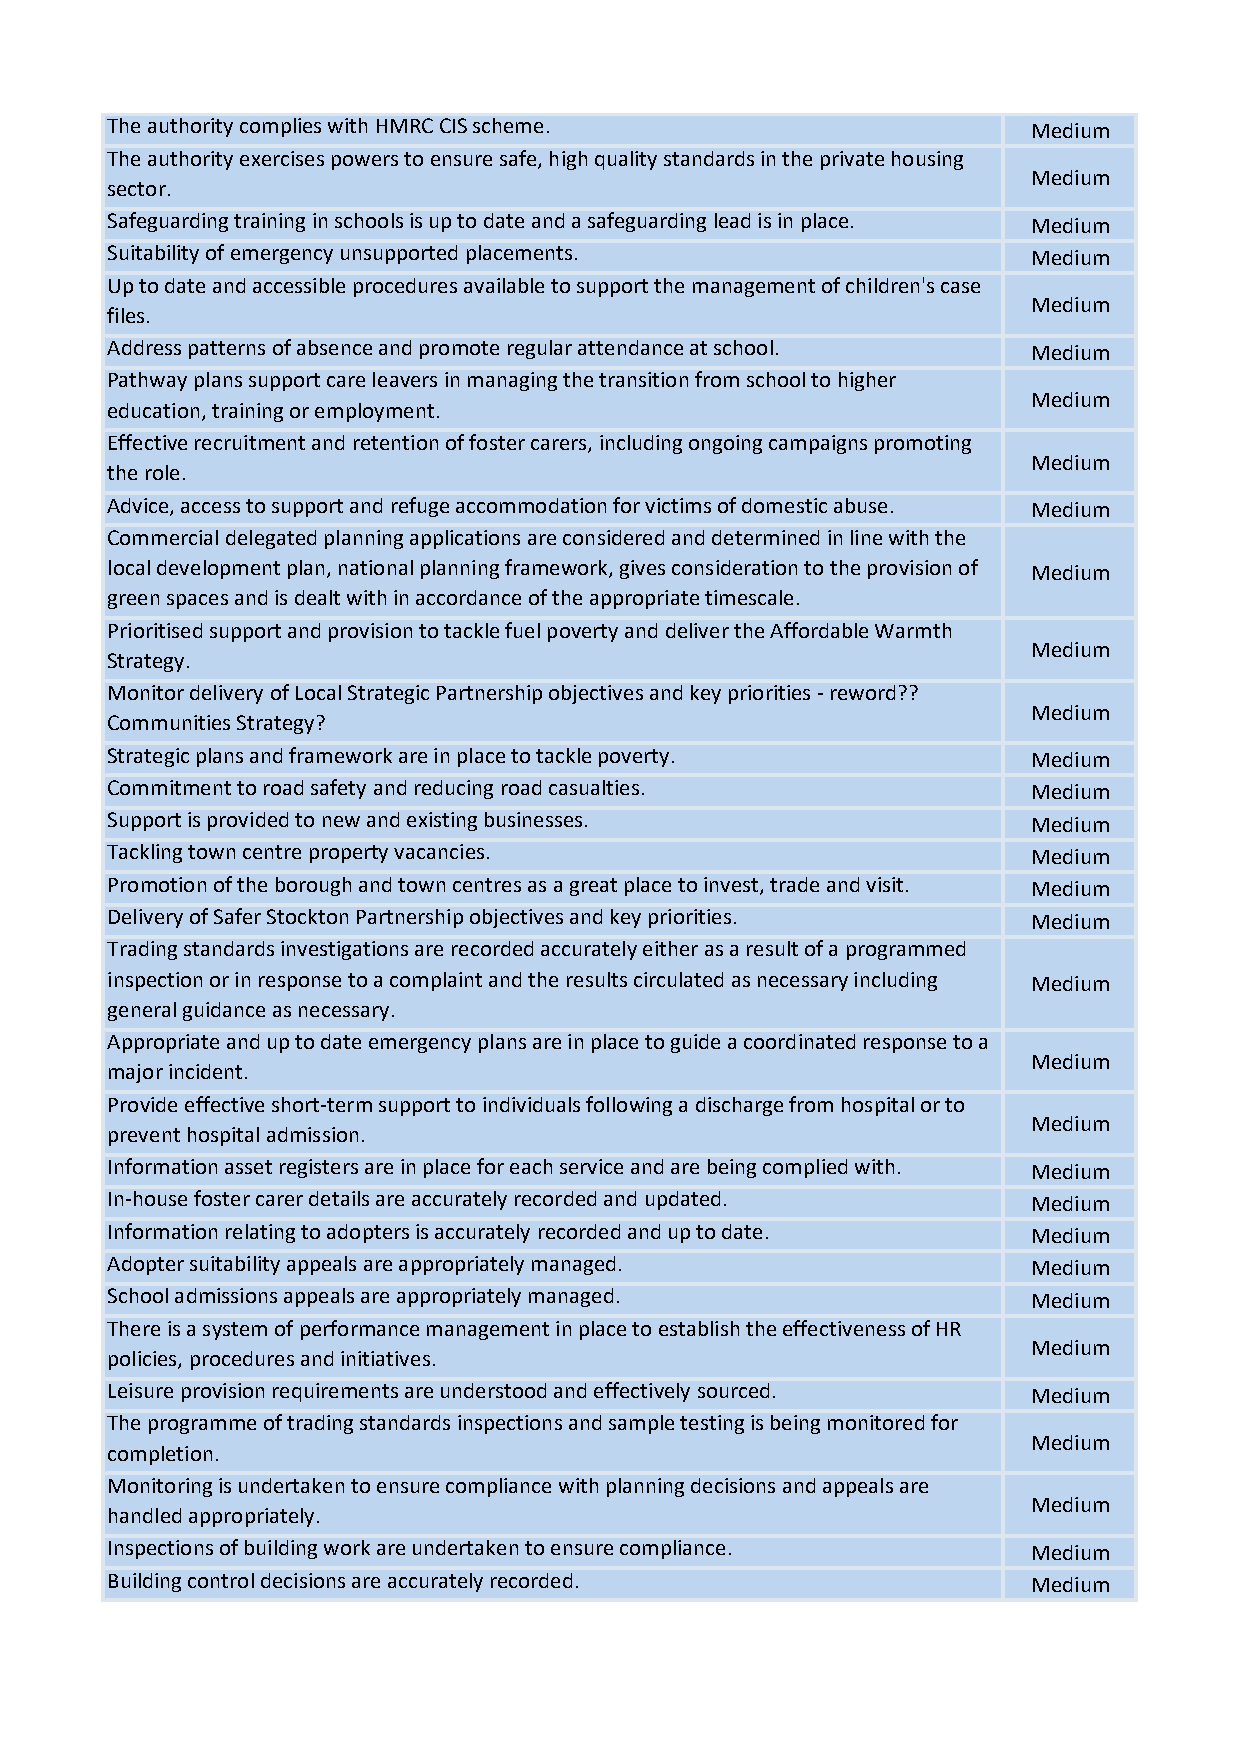
The authority complies with HMRC CIS scheme.                 Medium
 The authority exercises powers to ensure safe, high quality standards in the private housing
 Medium
 sector.
 Safeguarding training in schools is up to date and a safeguarding lead is in place. Medium
 Suitability of emergency unsupported placements.             Medium
 Up to date and accessible procedures available to support the management of children's case
 Medium
 files.
 Address patterns of absence and promote regular attendance at school. Medium
 Pathway plans support care leavers in managing the transition from school to higher
 Medium
 education, training or employment.
 Effective recruitment and retention of foster carers, including ongoing campaigns promoting
 Medium
 the role.
 Advice, access to support and refuge accommodation for victims of domestic abuse. Medium
 Commercial delegated planning applications are considered and determined in line with the
 local development plan, national planning framework, gives consideration to the provision of Medium
 green spaces and is dealt with in accordance of the appropriate timescale.
 Prioritised support and provision to tackle fuel poverty and deliver the Affordable Warmth
 Medium
 Strategy.
 Monitor delivery of Local Strategic Partnership objectives and key priorities - reword??
 Medium
 Communities Strategy?
 Strategic plans and framework are in place to tackle poverty. Medium
 Commitment to road safety and reducing road casualties.      Medium
 Support is provided to new and existing businesses.          Medium
 Tackling town centre property vacancies.                     Medium
 Promotion of the borough and town centres as a great place to invest, trade and visit. Medium
 Delivery of Safer Stockton Partnership objectives and key priorities. Medium
 Trading standards investigations are recorded accurately either as a result of a programmed
 inspection or in response to a complaint and the results circulated as necessary including Medium
 general guidance as necessary.
 Appropriate and up to date emergency plans are in place to guide a coordinated response to a
 Medium
 major incident.
 Provide effective short-term support to individuals following a discharge from hospital or to
 Medium
 prevent hospital admission.
 Information asset registers are in place for each service and are being complied with. Medium
 In-house foster carer details are accurately recorded and updated. Medium
 Information relating to adopters is accurately recorded and up to date. Medium
 Adopter suitability appeals are appropriately managed.       Medium
 School admissions appeals are appropriately managed.         Medium
 There is a system of performance management in place to establish the effectiveness of HR
 Medium
 policies, procedures and initiatives.
 Leisure provision requirements are understood and effectively sourced. Medium
 The programme of trading standards inspections and sample testing is being monitored for
 Medium
 completion.
 Monitoring is undertaken to ensure compliance with planning decisions and appeals are
 Medium
 handled appropriately.
 Inspections of building work are undertaken to ensure compliance. Medium
 Building control decisions are accurately recorded.          Medium